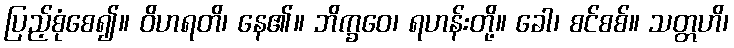
ပြည့်စုံစေ၍။ ဝိဟရတိ၊ နေ၏။ ဘိက္ခဝေ၊ ရဟန်းတို့။ ခေါ၊ စင်စစ်။ သတ္တဟိ၊